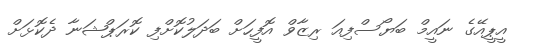
އީޕީއޭގެ ނައީމް ބަޔޯސްފިއަ ރިޒާވް އޮފީހަށް ބަދަލުކޮށްފި ކޮރަޕްޝަނާ ދެކޮޅަށް